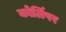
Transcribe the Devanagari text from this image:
कोर्लिपर